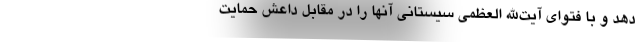
دهد و با فتوای آیت‌الله العظمی سیستانی آنها را در مقابل داعش حمایت